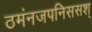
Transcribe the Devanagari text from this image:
ठमंनजपनिससश्